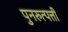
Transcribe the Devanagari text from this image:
पुनरुत्पत्ती